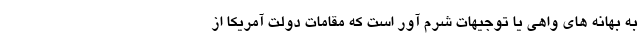
به بهانه های واهی یا توجیهات شرم آور است که مقامات دولت آمریکا از